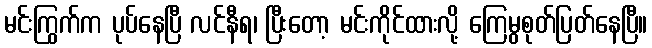
မင်းကြွက်က ပုပ်နေပြီ လင်နီရ၊ ပြီးတော့ မင်းကိုင်ထားလို့ ကြေမွစုတ်ပြတ်နေပြီ။